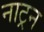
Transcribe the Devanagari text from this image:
नाट्रन